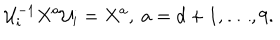
{ \cal U } _ { i } ^ { - 1 } X ^ { a } { \cal U } _ { i } = X ^ { a } , ~ a = d + 1 , \ldots , 9 .